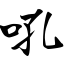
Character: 吼